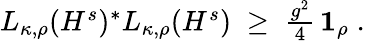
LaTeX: \begin{array}{r}{L_{\kappa,\rho}(H^{s})^{*}L_{\kappa,\rho}(H^{s})\; \geq\; \frac{g^{2}}{4}\, \boldsymbol{1}_{\rho}\; .}\end{array}